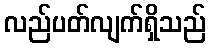
လည်ပတ်လျက်ရှိသည်